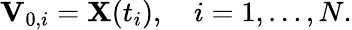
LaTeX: {\mathbf V}_{0,i}={\mathbf X}(t_{i}),\quad i=1,\ldots,N.